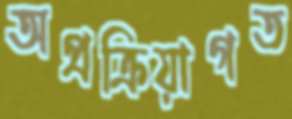
অপ্রক্রিয়াগত